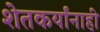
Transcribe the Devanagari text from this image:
शेतकर्यांनाही